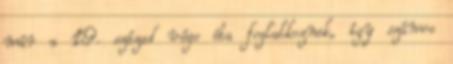
már a 19. század vége óta foglalkoznak, így számos